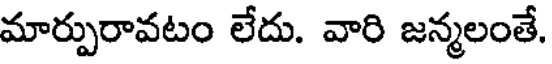
మార్పురావటం లేదు. వారి జన్మలంతే.